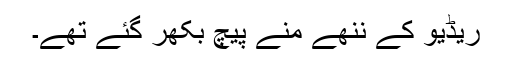
ریڈیو کے ننھے منے پیچ بکھر گئے تھے۔